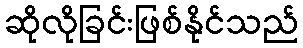
ဆိုလိုခြင်းဖြစ်နိုင်သည်